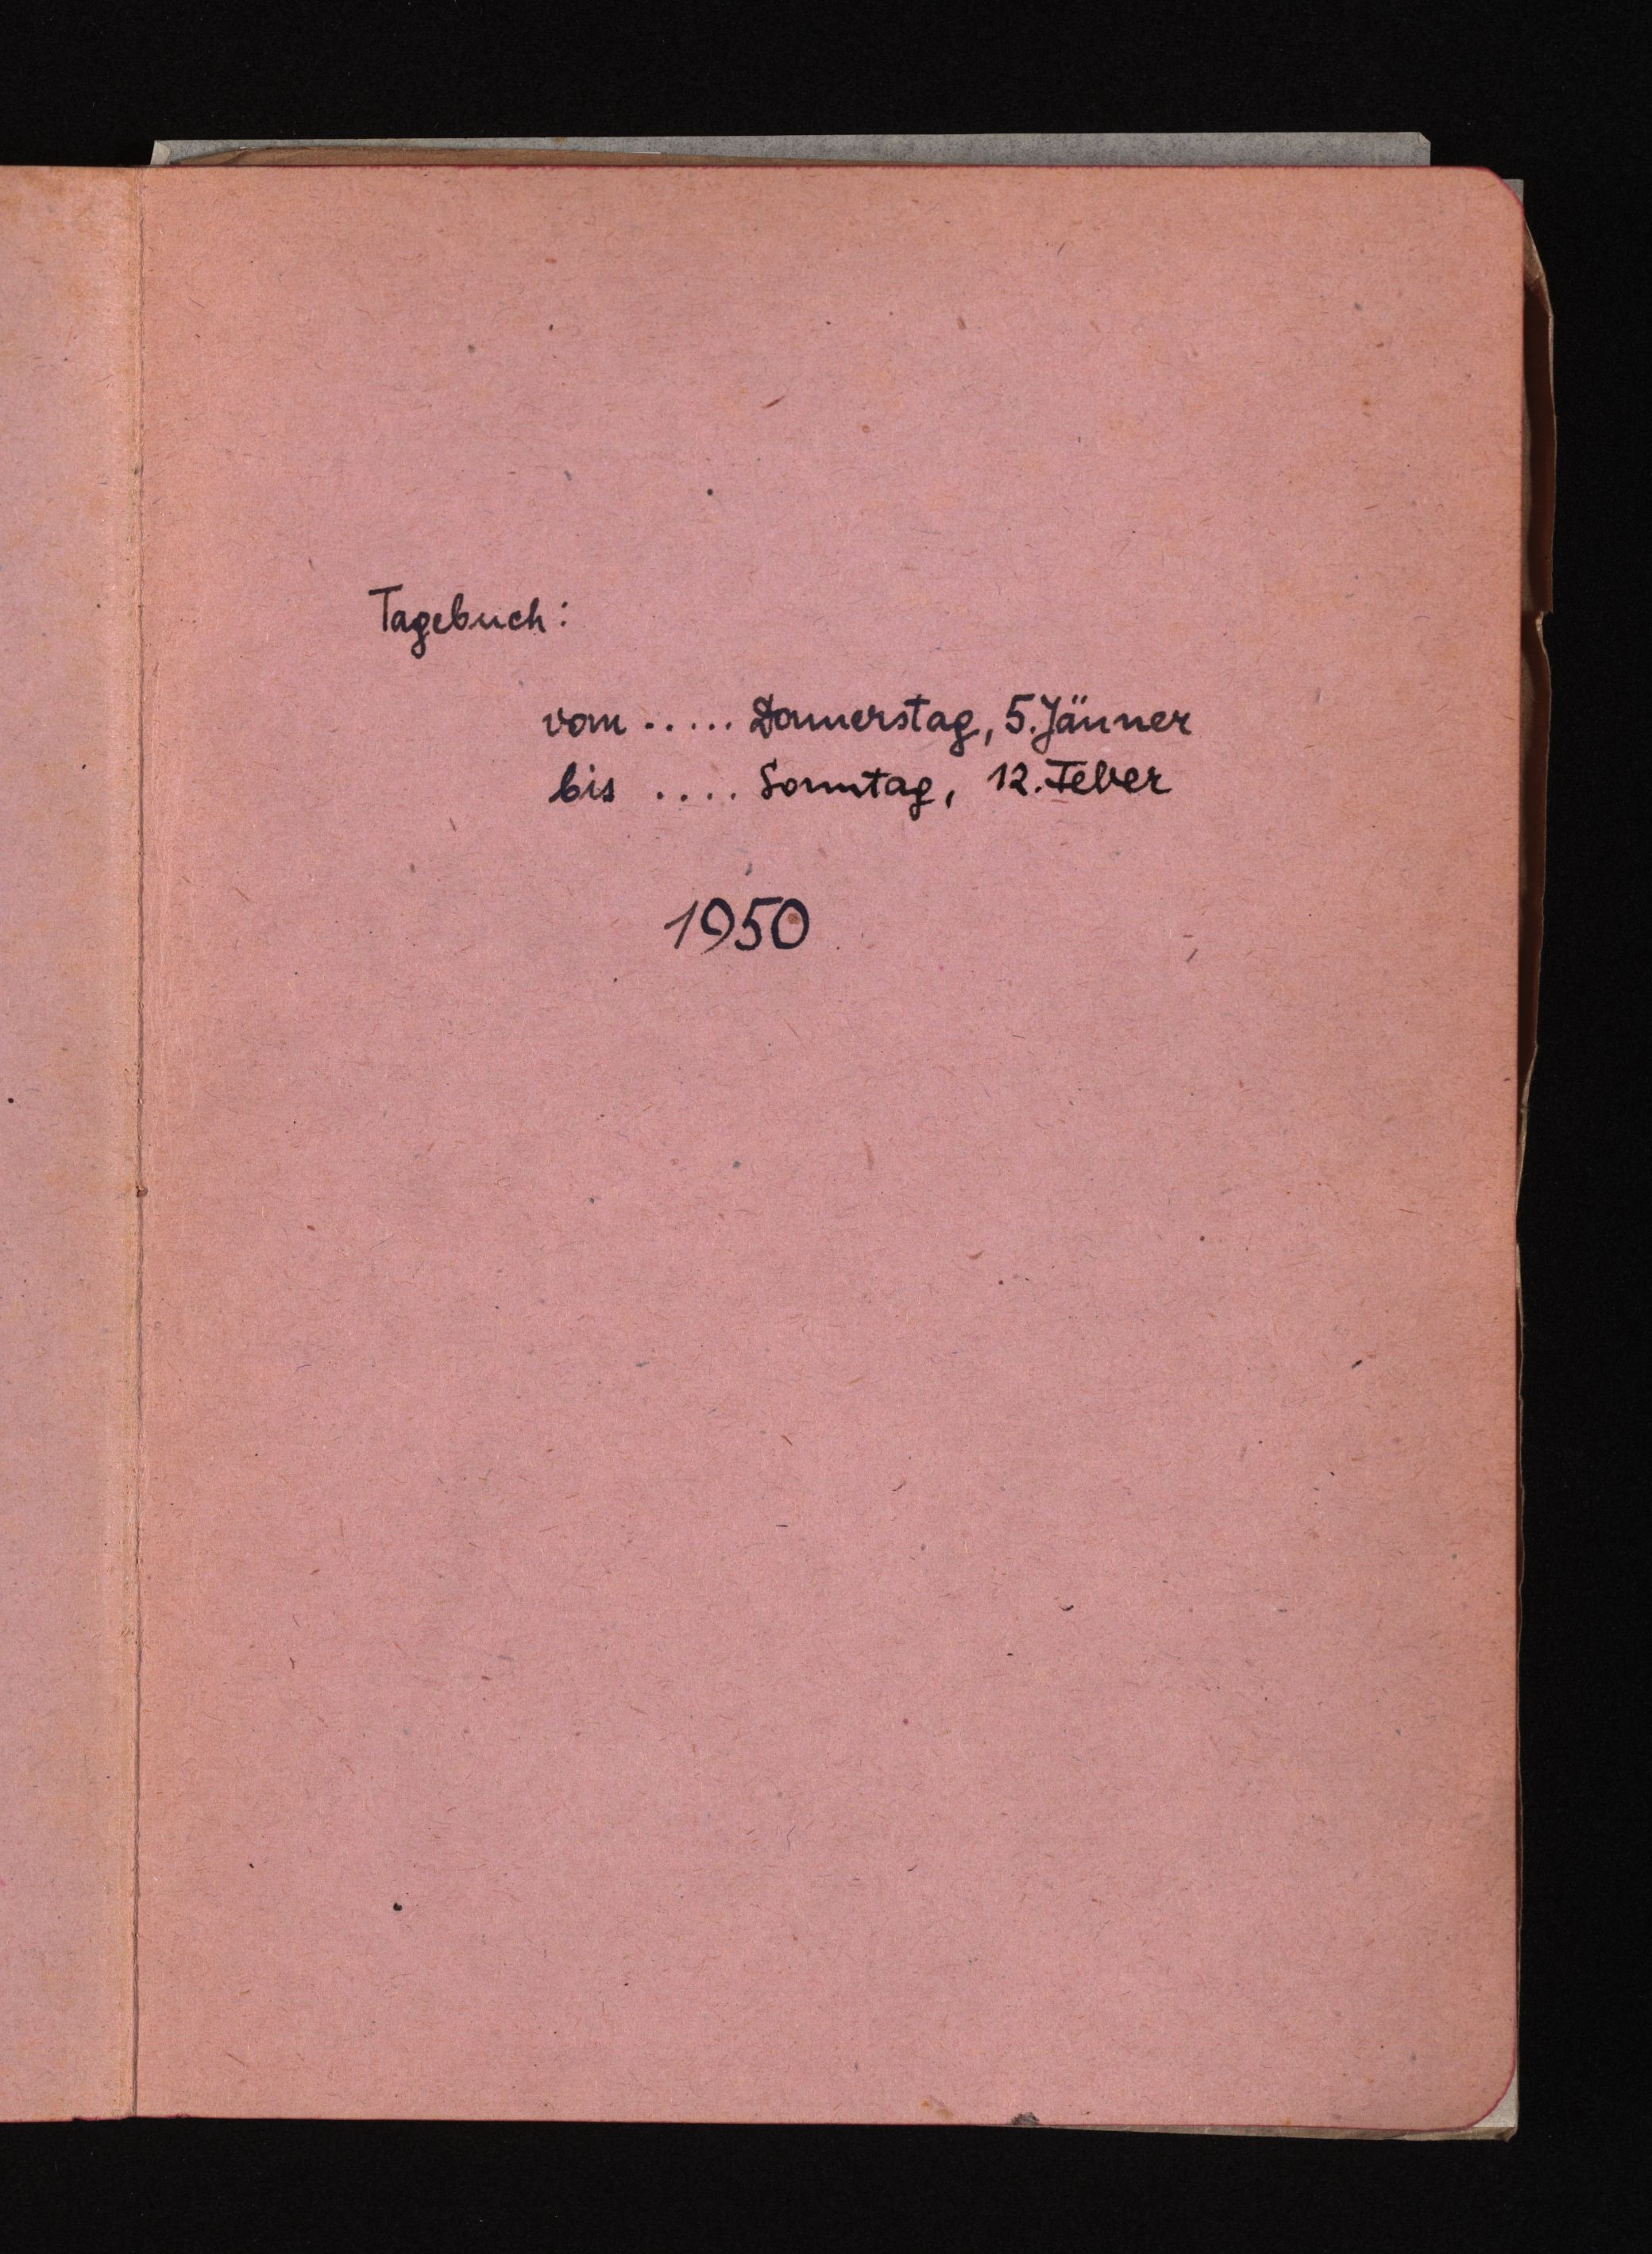
Tagebuch:
vom ..... Donnerstag, 5. Jänner
bis .... Sonntag, 12. Feber
1950